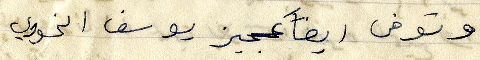
وتوفى ايضاً عجيز يوسف الخوري